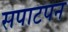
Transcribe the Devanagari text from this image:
सपाटपन